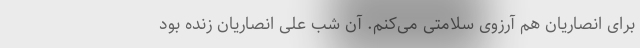
برای انصاریان هم آرزوی سلامتی می‌کنم. آن شب علی انصاریان زنده بود